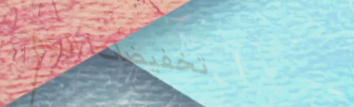
تخفيضات اليوم